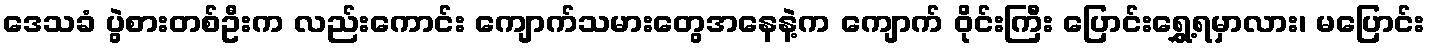
ဒေသခံ ပွဲစားတစ်ဦးက လည်းကောင်း ကျောက်သမားတွေအနေနဲ့က ကျောက် ဝိုင်းကြီး ပြောင်းရွှေ့ရမှာလား၊ မပြောင်း